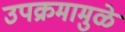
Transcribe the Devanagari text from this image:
उपक्रमामुळे